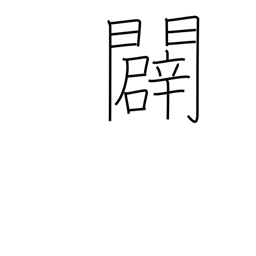
Meaning: open